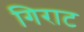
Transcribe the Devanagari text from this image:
गिराट